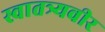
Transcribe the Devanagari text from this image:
स्वातत्र्यवीर